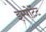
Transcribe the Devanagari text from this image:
इम्पोर्टेंट